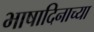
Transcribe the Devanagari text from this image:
भाषादिनाच्या